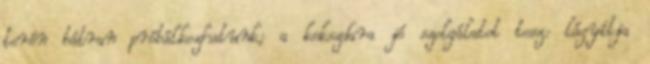
terén bátran próbálkozhatunk; a kekszdara jó szolgálatot tesz: lágyítja